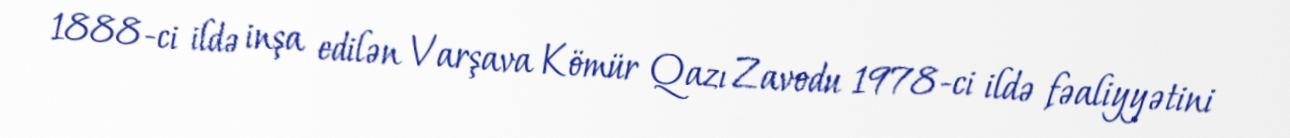
1888-ci ildə inşa edilən Varşava Kömür Qazı Zavodu 1978-ci ildə fəaliyyətini